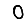
Digit: 0